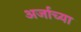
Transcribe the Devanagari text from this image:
अर्जाच्या